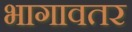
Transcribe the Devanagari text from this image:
भागावतर